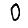
Digit: 0